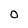
Character: 0